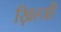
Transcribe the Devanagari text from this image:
ख़िल्जी